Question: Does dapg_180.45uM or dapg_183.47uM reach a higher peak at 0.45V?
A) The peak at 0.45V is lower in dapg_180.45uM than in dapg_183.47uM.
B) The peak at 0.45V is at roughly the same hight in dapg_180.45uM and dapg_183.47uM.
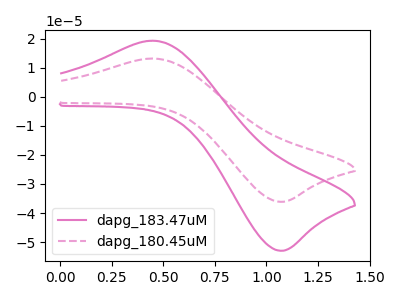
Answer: <think>The pink curve "dapg_183.47uM" has an anodic peak at (0.45V, 19.35uA) and a cathodic peak at (1.10V, -53.00uA). The pink dashed curve "dapg_180.45uM" has an anodic peak at (0.45V, 13.20uA) and a cathodic peak at (1.10V, -36.15uA).</think>
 <answer>A) The peak at 0.45V is lower in "dapg_180.45uM" than in "dapg_183.47uM".</answer>
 <eval>A</eval>